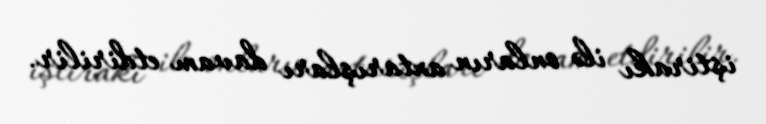
iştirakı ilə onların axtarışları davam etdirilir.